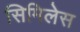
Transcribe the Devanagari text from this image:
सिमिलेस